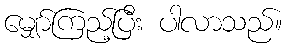
မျှော်ကြည့်ပြီး ပါလာသည်။